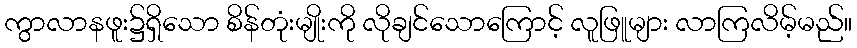
ကွာလာနဖူး၌ရှိသော စိန်တုံးမျိုးကို လိုချင်သောကြောင့် လူဖြူများ လာကြလိမ့်မည်။